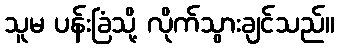
သူမ ပန်းခြံသို့ လိုက်သွားချင်သည်။